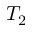
T _ { 2 }